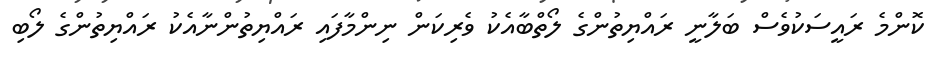
ކޮންމެ ރައީސަކުވެސް ބަލާނީ ރައްޔިތުންގެ ލޯތްބާއެކު ވެރިކަން ނިންމާފައި ރައްޔިތުންނާއެކު ރައްޔިތުންގެ ލޯބި